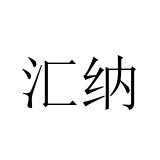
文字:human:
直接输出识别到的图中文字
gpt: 汇纳